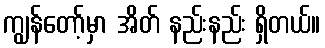
ကျွန်တော့်မှာ အိတ် နည်းနည်း ရှိတယ်။